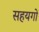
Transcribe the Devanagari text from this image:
सहयगो